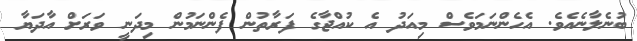
ބުނެލާނެއެވެ. އެހެންނަމަވެސް މިއަދު އެ ކުއްޖާގެ ފަރާތުން ފެންނަމުން މިދަނީ ވަރަށް އާދަޔާ